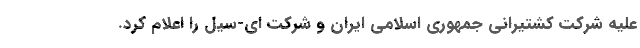
علیه شرکت کشتیرانی جمهوری اسلامی ایران و شرکت ای-سیل را اعلام کرد.